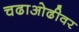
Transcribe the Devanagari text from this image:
चढाओढीवर